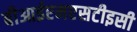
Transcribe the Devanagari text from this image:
बीआईएमएसटीइसी